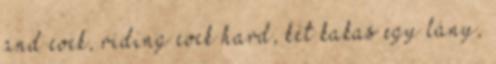
and cock, riding cock hard, két kakas egy lány,